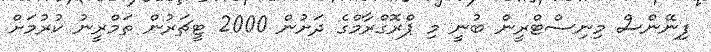
ފިނޭންސް މިނިސްޓްރީން ބުނީ މި ޕްރޮގްރާމްގެ ދަށުން 2000 ޓީޗަރުން ތަމްރީނު ކުރުމަށް